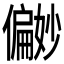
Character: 𪝹